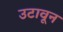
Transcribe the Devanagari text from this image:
उटावून